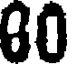
80